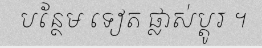
បន្ថែម ទៀត ផ្លាស់ប្តូរ ។